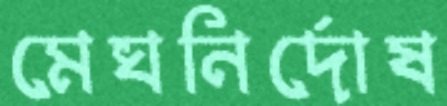
মেঘনির্দোষ